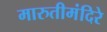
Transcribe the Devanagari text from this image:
मारुतीमंदिरे